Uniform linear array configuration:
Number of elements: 24
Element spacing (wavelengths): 0.5
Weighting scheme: blackman
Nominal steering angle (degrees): -45
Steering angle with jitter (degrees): -46.922
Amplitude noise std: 0.05
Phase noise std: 0.05

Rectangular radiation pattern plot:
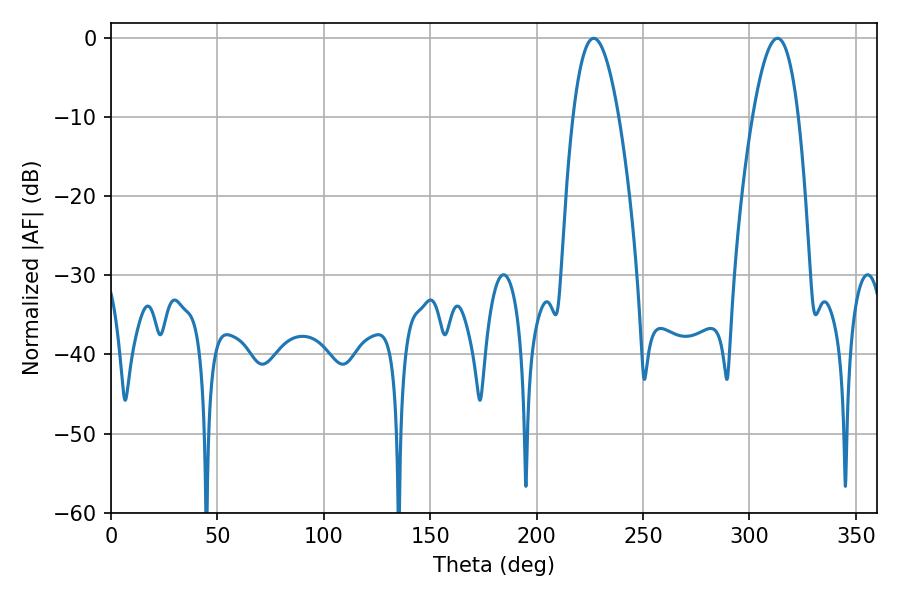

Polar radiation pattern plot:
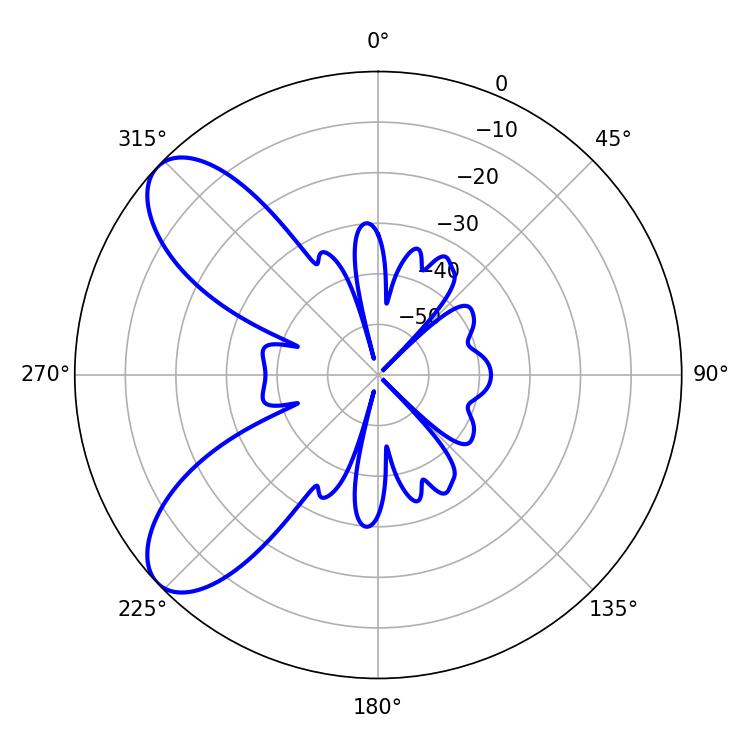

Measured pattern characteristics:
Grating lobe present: FALSE
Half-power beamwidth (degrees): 11.88
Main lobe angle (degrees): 226.8